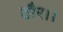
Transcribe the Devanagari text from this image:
ठौर।।